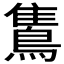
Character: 𪂣